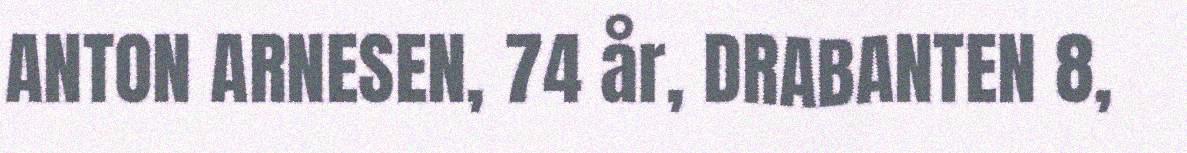
ANTON ARNESEN, 74 år, DRABANTEN 8,